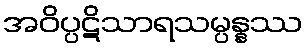
အဝိပ္ပဋိသာရသမ္ပန္နဿ